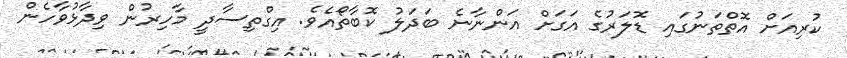
ކުރިއަށް އޮތްތަނުގައި ޑޮލަރުގެ އަގަށް އަންނާނެ ބަދަލު ކޮބާތޯއެވެ. އިގްތިސާދީ މާހިރުން ވިދާޅުވާހެން